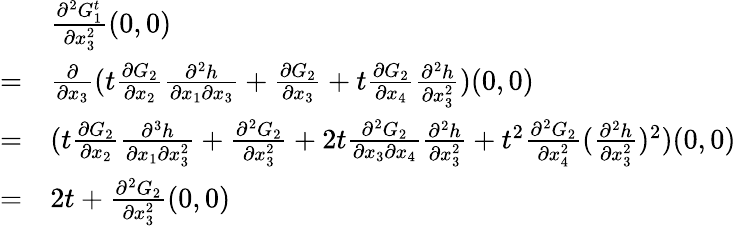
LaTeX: \begin{array}{rl}&{\frac{\partial^{2}G_{1}^{t}}{\partial x_{3}^{2}}(0,0)}\\ {=}&{\frac{\partial}{\partial x_{3}}({t}\frac{\partial G_{2}}{\partial x_{2}}\frac{\partial^{2}h}{\partial x_{1}\partial x_{3}}+\frac{\partial G_{2}}{\partial x_{3}}+{t}\frac{\partial G_{2}}{\partial x_{4}}\frac{\partial^{2}h}{\partial x_{3}^{2}})(0,0)}\\ {=}&{({t}\frac{\partial G_{2}}{\partial x_{2}}\frac{\partial^{3}h}{\partial x_{1}\partial x_{3}^{2}}+\frac{\partial^{2}G_{2}}{\partial x_{3}^{2}}+2{t}\frac{\partial^{2}G_{2}}{\partial x_{3}\partial x_{4}}\frac{\partial^{2}h}{\partial x_{3}^{2}}+{t}^{2}\frac{\partial^{2}G_{2}}{\partial x_{4}^{2}}(\frac{\partial^{2}h}{\partial x_{3}^{2}})^{2})(0,0)}\\ {=}&{2t+\frac{\partial^{2}G_{2}}{\partial x_{3}^{2}}(0,0)}\end{array}